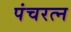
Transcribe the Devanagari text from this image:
पंचरत्‍न